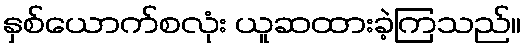
နှစ်ယောက်စလုံး ယူဆထားခဲ့ကြသည်။